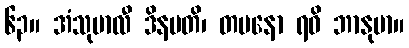
၆၃။ အံသုမာလီ ဒိနပတိ၊ တပနော ရဝိ ဘာနုမာ။